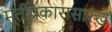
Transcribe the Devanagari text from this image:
मूर्तीप्रकारासारखे